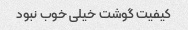
کیفیت گوشت خیلی خوب نبود